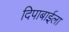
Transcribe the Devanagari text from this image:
दिपाबाईला